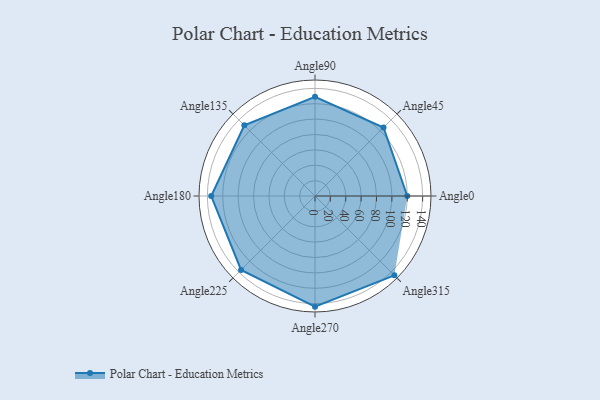
{"axis": {"x": "Angle", "y": "Radius"}, "legend": [""], "data": [{"x": "Angle0", "y": 120.0, "type": ""}, {"x": "Angle45", "y": 126.0, "type": ""}, {"x": "Angle90", "y": 129.0, "type": ""}, {"x": "Angle135", "y": 130.0, "type": ""}, {"x": "Angle180", "y": 135.0, "type": ""}, {"x": "Angle225", "y": 136.0, "type": ""}, {"x": "Angle270", "y": 144.0, "type": ""}, {"x": "Angle315", "y": 146.0, "type": ""}]}